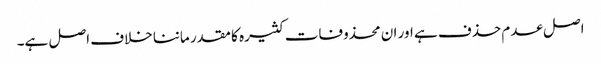
اصل عدم حذف ہے اور ان محذوفات کثیرہ کا مقدر ماننا خلاف اصل ہے۔